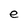
Character: e